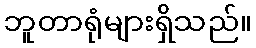
ဘူတာရုံများရှိသည်။